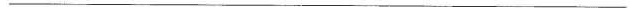
___